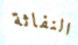
النفاثة